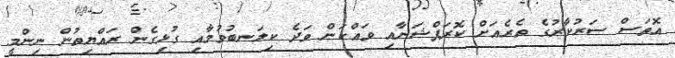
އޮތަސް ސަރުކާރުގެ ތެރެއަަށް ކޮރަޕްޝަނާއި ވައްކަން ވަދެ ކިލަނބުވުމާއި ގުޅިގެން ރައްޔިތުން ނިންމީ